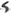
Text: S